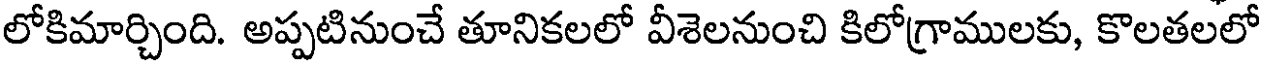
లోకిమార్చింది. అప్పటినుంచే తూనికలలో వీశెలనుంచి కిలోగ్రాములకు, కొలతలలో